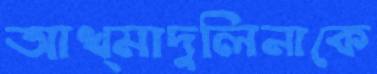
আখ্মাদুলিনাকে